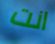
انت